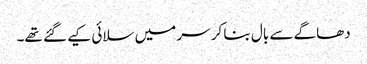
دھاگے سے بال بنا کر سر میں سلائی کیے گئے تھے۔